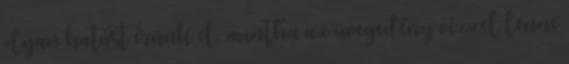
olyan hatást érünk el, mintha az üvegedény vízzel lenne